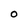
Character: O